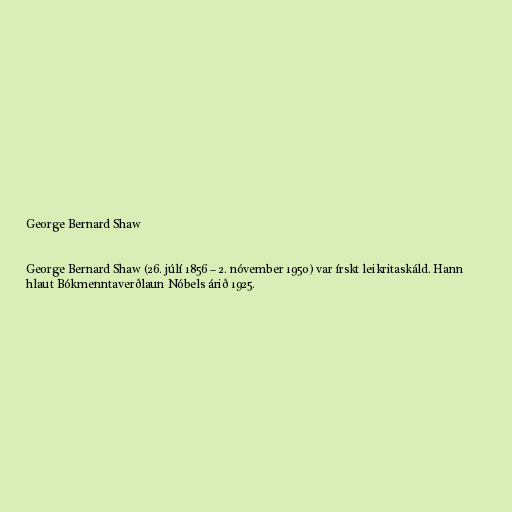
George Bernard Shaw

George Bernard Shaw (26. júlí 1856 – 2. nóvember 1950) var írskt leikritaskáld. Hann
hlaut Bókmenntaverðlaun Nóbels árið 1925.